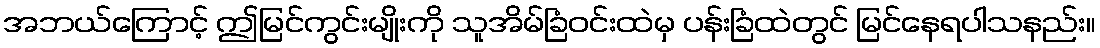
အဘယ်ကြောင့် ဤမြင်ကွင်းမျိုးကို သူအိမ်ခြံဝင်းထဲမှ ပန်းခြံထဲတွင် မြင်နေရပါသနည်း။